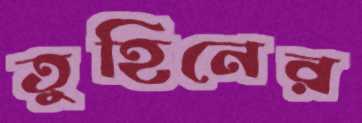
তুহিনের